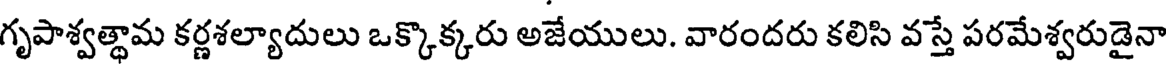
గృపాశ్వత్థామ కర్ణశల్యాదులు ఒక్కొక్కరు అజేయులు. వారందరు కలిసి వస్తే పరమేశ్వరుడైనా